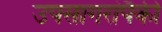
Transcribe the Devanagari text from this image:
उपसागरांपैकी